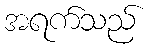
အရက်သည်